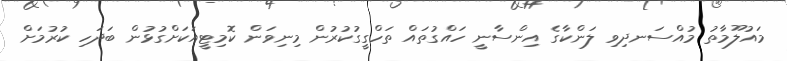
މައުލޫމާތު މުއްސަނދިވި ލަންކާގެ އިންސާނީ ހައްގުތައް ތަހްގީގުކުރުން މިނިވަން ކޮމިޓީއަކަށްގުޅުން ބަދަހި ކުރުމަށް